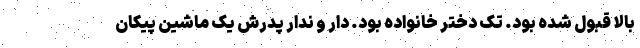
بالا قبول شده بود. تک دختر خانواده بود. دار و ندار پدرش یک ماشین پیکان